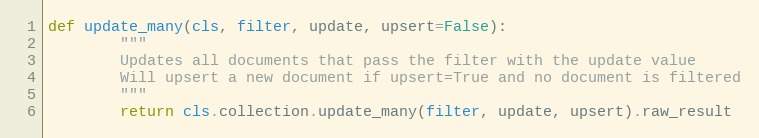
Language: Python
def update_many(cls, filter, update, upsert=False):
        """
        Updates all documents that pass the filter with the update value
        Will upsert a new document if upsert=True and no document is filtered
        """
        return cls.collection.update_many(filter, update, upsert).raw_result